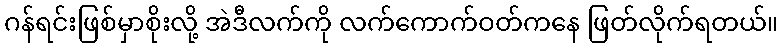
ဂန်ရင်းဖြစ်မှာစိုးလို့ အဲဒီလက်ကို လက်ကောက်ဝတ်ကနေ ဖြတ်လိုက်ရတယ်။